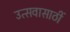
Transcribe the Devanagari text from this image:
उत्सवासाठीं